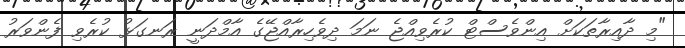
"މި ދާއިރާތަކަށް އިންވެސްޓް ކުރެވިއްޖެ ނަމަ ދިވެހިރާއްޖޭގެ އާމްދަނީ ރަނގަޅު ކުރެވި ފެންވަރު